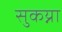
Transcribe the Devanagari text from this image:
सुकय्ना